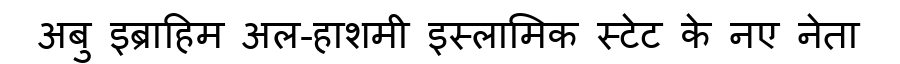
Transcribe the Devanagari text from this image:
अबु इब्राहिम अल-हाशमी इस्लामिक स्टेट के नए नेता